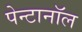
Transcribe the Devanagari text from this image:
पेन्टानॉल